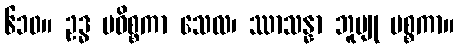
၆၁၀။ ဥဒ္ဓ မဓိစ္စကာ သေလ၊ ဿာသန္နာ ဘူမျု ပစ္စကာ။